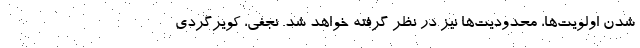
شدن اولویت‌ها، محدودیت‌ها نیز در نظر گرفته خواهد شد. نجفی، کویرگردی